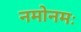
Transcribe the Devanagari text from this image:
नमोनमः